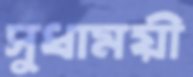
সুধাময়ী